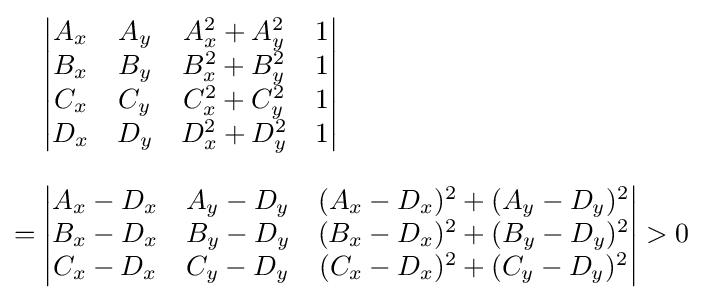
{\begin{aligned}&{\begin{vmatrix}A_{x}&A_{y}&A_{x}^{2}+A_{y}^{2}&1\\B_{x}&B_{y}&B_{x}^{2}+B_{y}^{2}&1\\C_{x}&C_{y}&C_{x}^{2}+C_{y}^{2}&1\\D_{x}&D_{y}&D_{x}^{2}+D_{y}^{2}&1\end{vmatrix}}\\[8pt]={}&{\begin{vmatrix}A_{x}-D_{x}&A_{y}-D_{y}&(A_{x}-D_{x})^{2}+(A_{y}-D_{y})^{2}\\B_{x}-D_{x}&B_{y}-D_{y}&(B_{x}-D_{x})^{2}+(B_{y}-D_{y})^{2}\\C_{x}-D_{x}&C_{y}-D_{y}&(C_{x}-D_{x})^{2}+(C_{y}-D_{y})^{2}\end{vmatrix}}>0\end{aligned}}